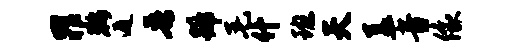
罪鞍遁吾蹄毛什班天盖音像